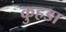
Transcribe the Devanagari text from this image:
कुहडा